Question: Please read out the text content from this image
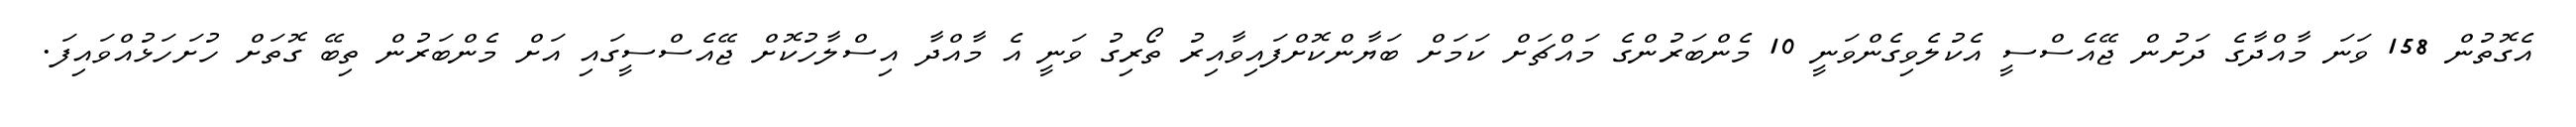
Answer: އެގޮތުން 158 ވަނަ މާއްދާގެ ދަށުން ޖޭއެސްސީ އެކުލެވިގެންވަނީ 10 މެންބަރުންގެ މައްޗަށް ކަމަށް ބަޔާންކޮށްފައިވާއިރު ތޯރިގު ވަނީ އެ މާއްދާ އިސްލާހުކޮށް ޖޭއެސްސީގައި އަށް މެންބަރުން ތިބޭ ގޮތަށް ހުށަހަޅުއްވައިފަ.